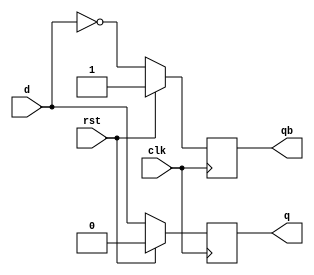
module dff(d, rst, clk, q, qb);
input d, rst, clk;
output q, qb;
reg q, qb;
always @(posedge clk)
begin
if (rst == 1'B1)
begin
q = 1'B0; qb = 1'B1;
end
else
begin
q = d; qb = ~q;
end
end
endmodule

// Testbench
module dff_tb;
reg D,CLK,rst1;
wire q1,qb1;
dff DUT (.d(D),.rst(rst1),.clk(CLK),.q(q1),.qb(qb1));
initial
CLK=1'b0;
always 
# 10CLK= ~CLK; 
initial
begin
    D=1'b0;
    rst1=1'b1;
    #20 rst1=1'b0;
    #10 D=1'b1;
    #20 rst1=1'b1;
    #10 D=1'b0;
    #20 rst1=1'b0;
    #10 D=1'b1;
    #10 ;
end
always
#5 $display($time,"clk%b rst1=%b d=%b q=%b qb=%b ",$time,CLK,rst1
,D,q1,qb1);
initial
#100 $finish ;
endmodule